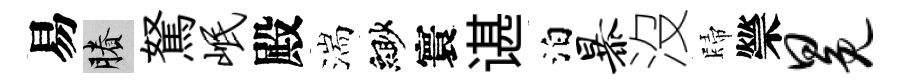
易賸駑岷殿湍緲寰谌泊暴沒歸禜冕